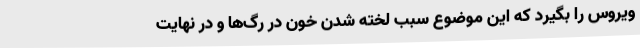
ویروس را بگیرد که این موضوع سبب لخته شدن خون در رگ‌ها و در نهایت